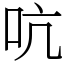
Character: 吭